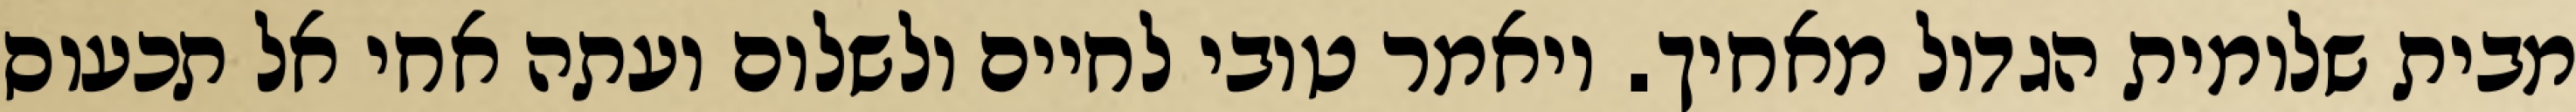
מבית שלומית הגדול מאחיך. ויאמר טובי לחיים ולשלום ועתה אחי אל תכעוס